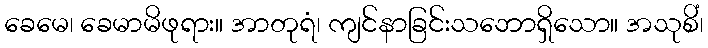
ခေမေ၊ ခေမာမိဖုရား။ အာတုရံ၊ ကျင်နာခြင်းသဘောရှိသော။ အသုစိံ၊